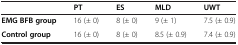
<table><thead><tr><td><b> </b></td><td><b>PT</b></td><td><b>ES</b></td><td><b>MLD</b></td><td><b>UWT</b></td></tr></thead><tbody><tr><td><b>EMG BFB group</b></td><td>16 (± 0)</td><td>8 (± 0)</td><td>9 (± 1)</td><td>7.5 (± 0.9)</td></tr><tr><td><b>Control group</b></td><td>16 (± 0)</td><td>8 (± 0)</td><td>8.5 (± 0.9)</td><td>7.4 (± 0.9)</td></tr></tbody></table>